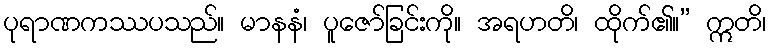
ပုရာဏကဿပသည်။ မာနနံ၊ ပူဇော်ခြင်းကို။ အရဟတိ၊ ထိုက်၏။” ဣတိ၊